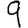
Digit: 9